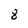
Character: 8